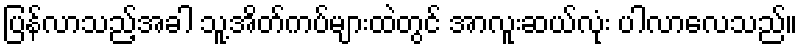
ပြန်လာသည့်အခါ သူ့အိတ်ကပ်များထဲတွင် အာလူးဆယ်လုံး ပါလာလေသည်။